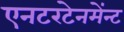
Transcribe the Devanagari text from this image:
एनटरटेनमेंन्ट